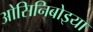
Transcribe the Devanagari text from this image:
ओसिनिबोइया